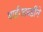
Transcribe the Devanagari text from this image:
घाईगडबडीने